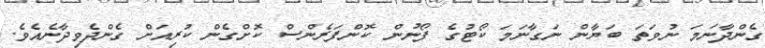
ގެންދާނަމަ ނުވަތަ ބަޔާން ނަގާނަމަ ކޯޓުގެ ފޯނުން ކޮންފަރެންސް ކޮށްގެން ކުރިއަށް ގެންދެވިދާނެއެވެ.